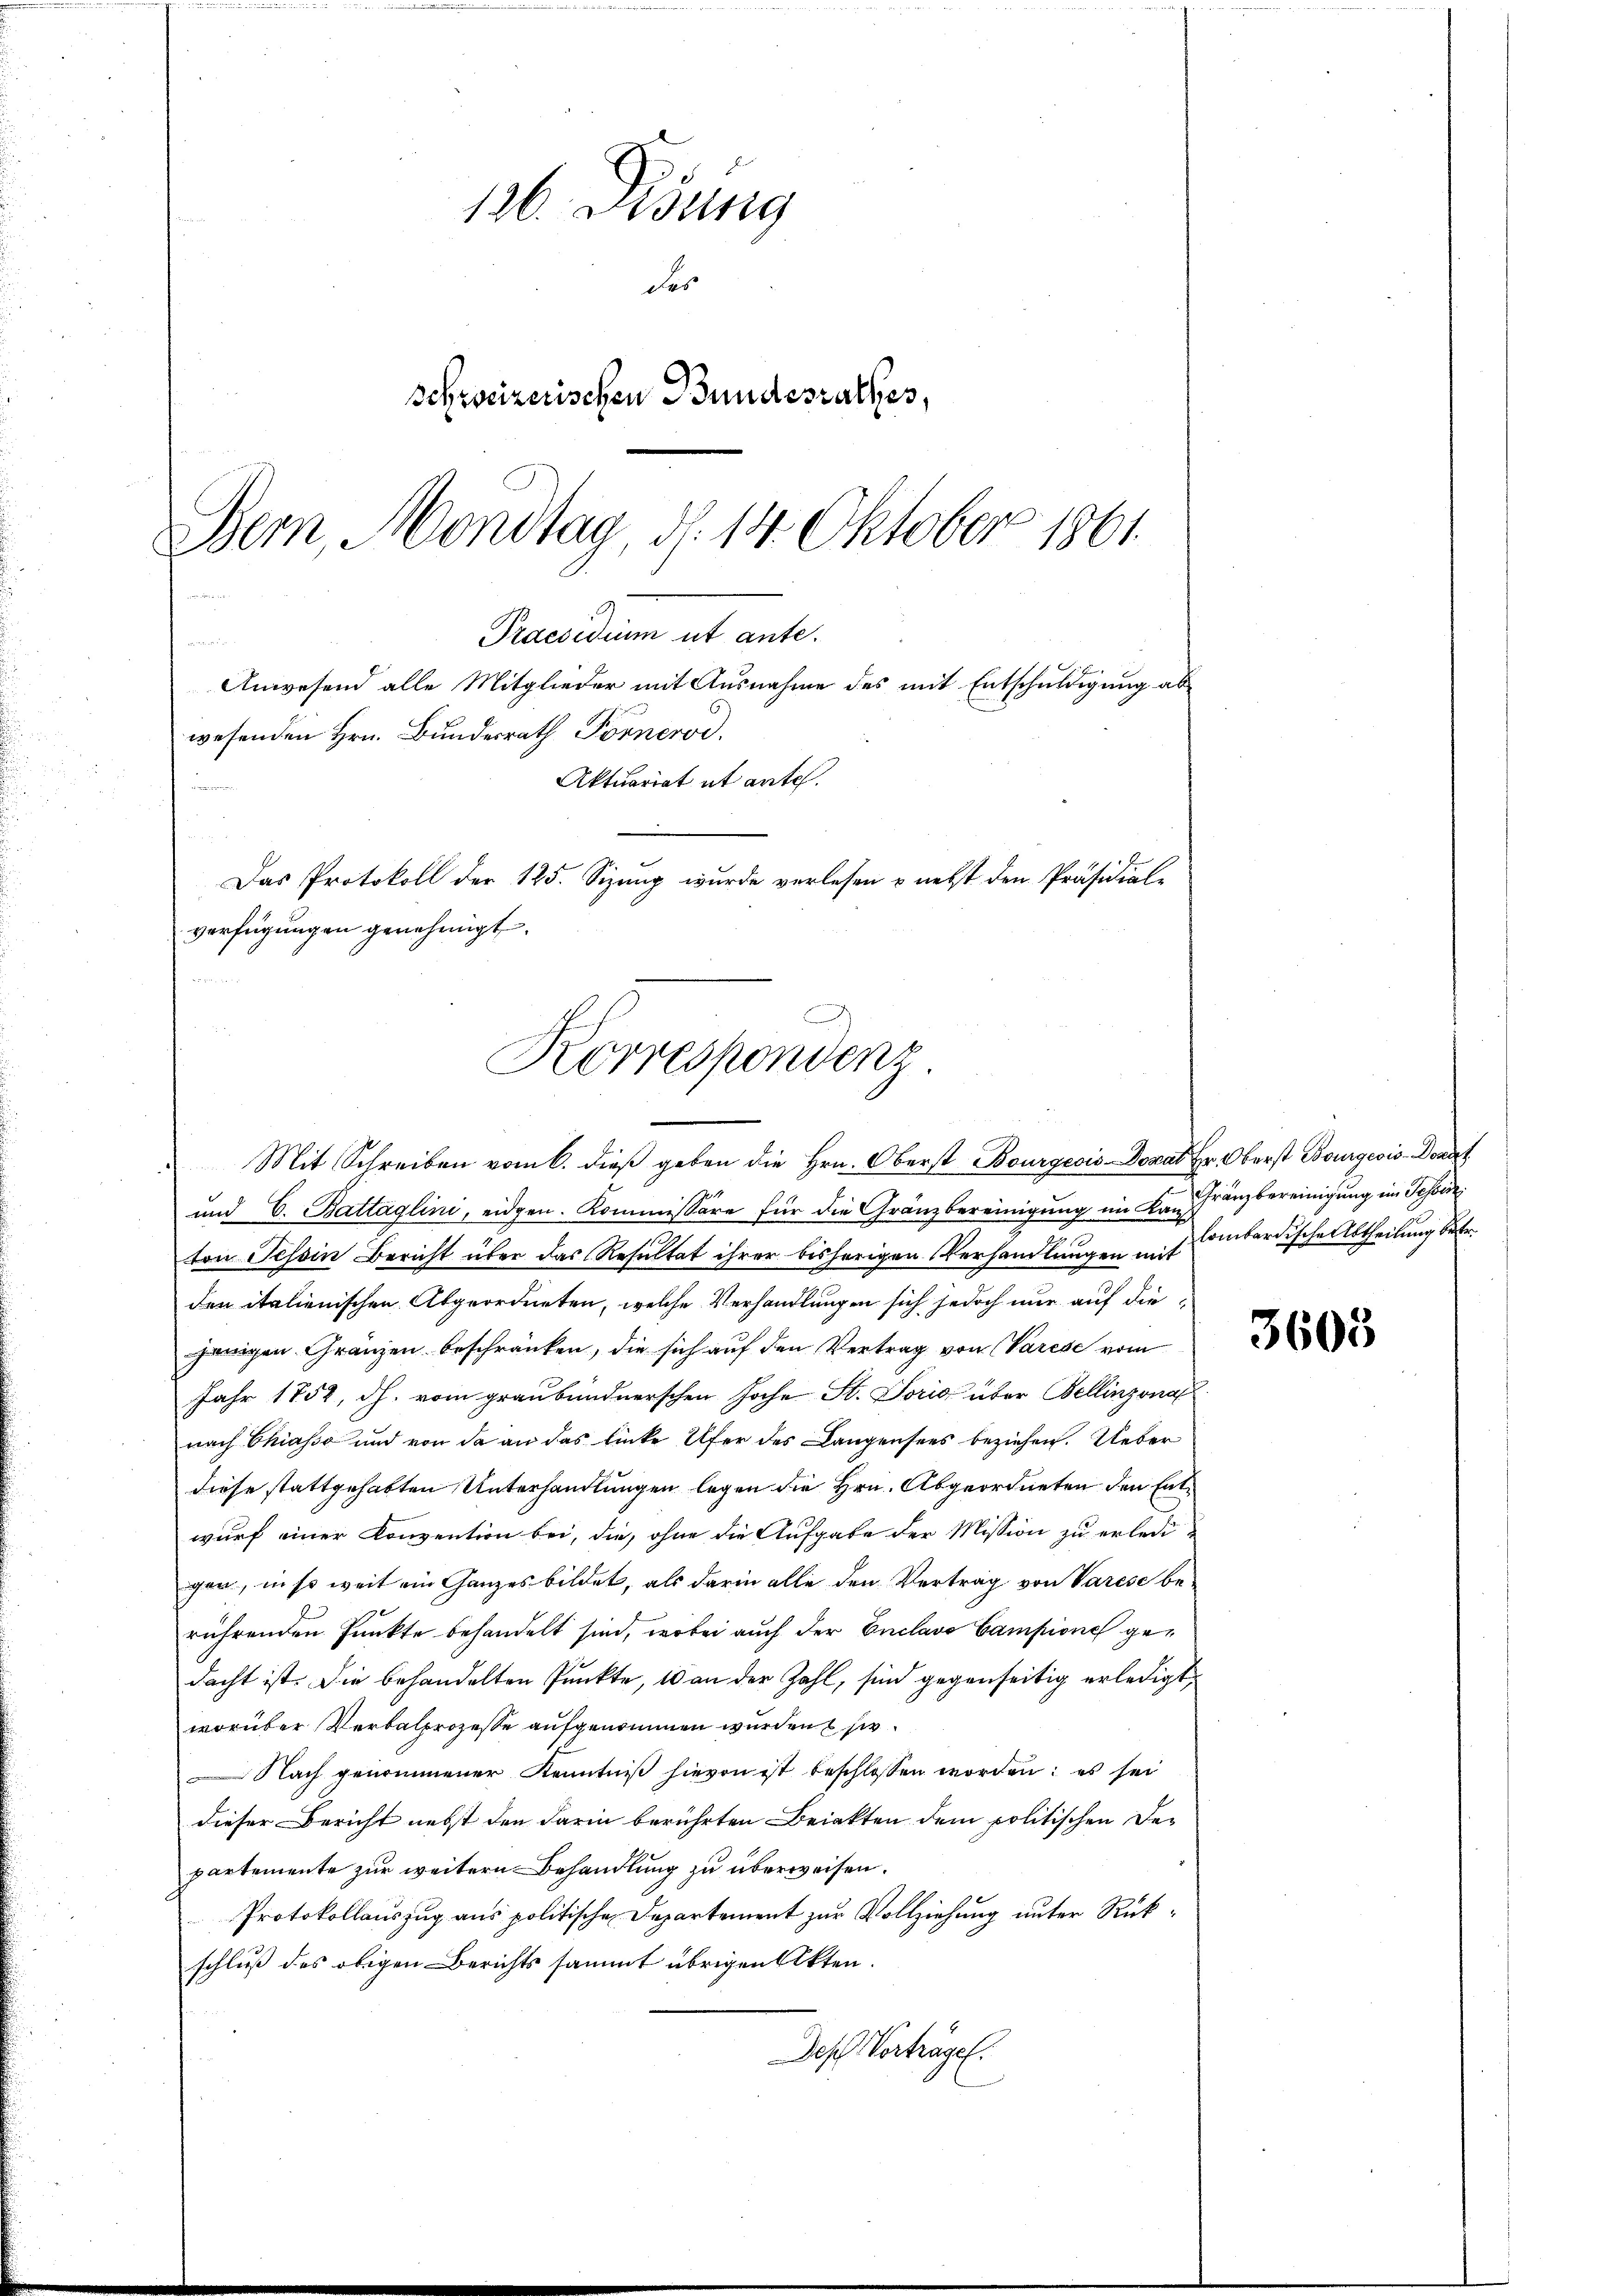
Praesidium ut ante.
u
Anwesend alle Mitglieder mit Ausnahme des mit Entschuldigung ab
wesenden Hrn. Bundesrath Fornerod.
Aktuariat et ante.

Das Protokoll der 125. Sizung wurde verlesen & nebst den Präsidial-
verfügungen genehmigt.
Korrespondenz

126. Disung
des
Schweizerischen Bundesrathes,
Bern, Mondtag, d. 14. Oktober 1861

Mit Schreiben vom 6. dieβ geben die Hrn. Oberst Bourgeois Donat Hr. Oberst Bourgeois Donat
und C. Battäglini, eidgen. Kommissäre für die Gränzbereinigung im Kan-
ton Tessin Bericht über das Resultat ihrer bisherigen Verhandlungen mit Combardische Abtheilung betr.
den italienischen Abgeordneten, welche Verhandlungen sich jedoch nur auf diejenigen Gränzen beschränken, die sich auf den Vertrag von Varese vom
Jahr 1752, dh. vom graubündnerschen Joche St. Soris über Bellinzona
nach Chiasso und von da an das linke Ufer des Langensees beziehen. Ueber
diese stattgehabten Unterhandlungen legen die Hrn. Abgeordneten den Entwurf einer Konvention bei, die, ohne die Aufgabe der Mission zu erledigen, in so weit ein Ganzes bildet, als darin alle den Vertrag von Varese berührenden Punkte behandelt sind, wobei auch der Enclavo Campione gedacht ist. Die behandelten Punkte, 10 an der Zahl, sind gegenseitig erledigt,
worüber Verbalprozesse aufgenommen wurden sie
Nach genommener Kenntniß hievon ist beschlossen worden: es sei
dieser Bericht nebst den darin berührten Beiekten dem politischen Departemente zur weitern Behandlung zu überweisen.
Protokollauszug aus politische Departement zur Vollziehung unter Rükschluß des obigen Berichts sammt übrigen Akten.
Des Vorträge.

Gränzbereinigung im Tessi

3605